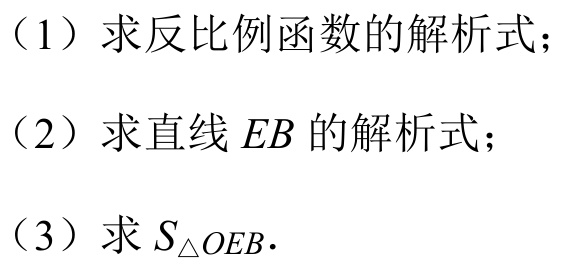
（1）求反比例函数的解析式；
（2）求直线\(EB\)的解析式；
（3）求\(S_{\triangle OEB}\).